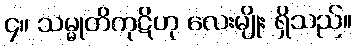
၄။ သမ္မုတိကုဋိဟု လေးမျိုး ရှိသည်။